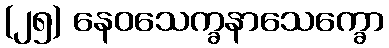
(၂၅) နေဝသေက္ခနာသေက္ခော